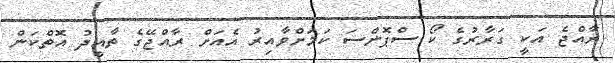
ރާއްޖެ އަކީ ގަރާރުގެ ކޯ ސްޕޮންސަ ކަމަށްވާއިރު އެއަށް ރާއްޖޭގެ ތާއީދު އޮތްކަން